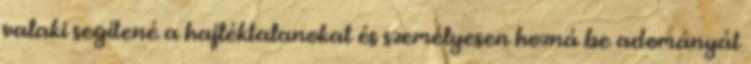
valaki segítené a hajléktalanokat és személyesen hozná be adományát